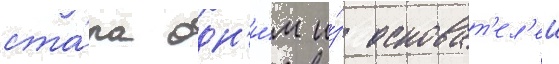
ста́ла одн'и́м и́з основат'ел'еи